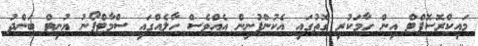
މައިކްރޮސޮފްޓް އިން ހާމަކުރި ގޮތުގައި އެކުންފުނިން އެއްވެސް ހާލެއްގައި ސްމާޓްފޯނު ޔުނިޓް ބަންދު